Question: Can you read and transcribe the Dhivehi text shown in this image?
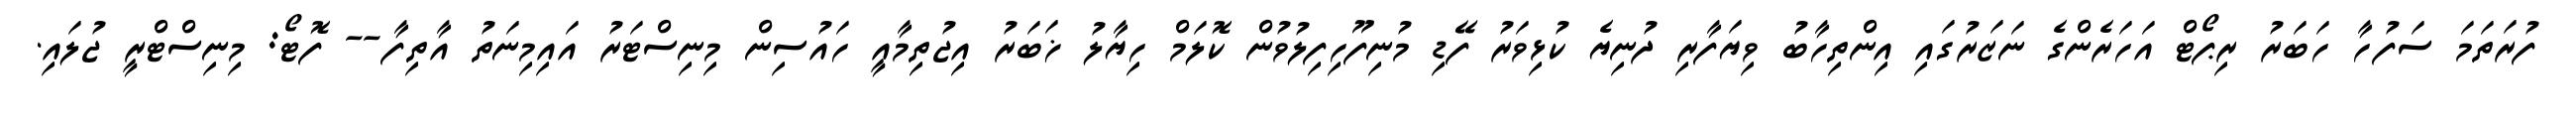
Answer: ފުރަތަމަ ސަފުހާ ހަބަރު ރިޕޯޓް އަހަރެންގެ ނަޒަރުގައި އިންތިހާބު ވިޔަފާރި ދުނިޔެ ކުޅިވަރު ފޭޑި މުނިފޫހިފިލުވުން ކޮލަމް ހިޔާލު ޚަބަރު އިޖުތިމާއީ ހައުސިން މިނިސްޓަރު އައިމިނަތު އާތިފާ-- ފޮޓޯ: މިނިސްޓްރީ ޖުލައި.